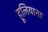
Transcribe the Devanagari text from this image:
हूलियाना